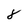
Character: 8